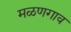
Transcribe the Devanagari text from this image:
मळणगाव